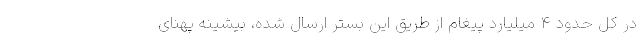
در کل حدود ۴ میلیارد پیغام از طریق این بستر ارسال شده، بیشینه پهنای